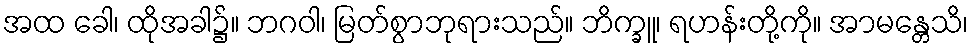
အထ ခေါ၊ ထိုအခါ၌။ ဘဂဝါ၊ မြတ်စွာဘုရားသည်။ ဘိက္ခူ၊ ရဟန်းတို့ကို။ အာမန္တေသိ၊